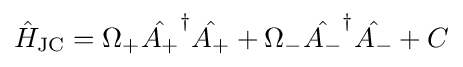
{\hat {H}}_{\text{JC}}=\Omega _{+}{\hat {A_{+}}}^{\dagger }{\hat {A_{+}}}+\Omega _{-}{\hat {A_{-}}}^{\dagger }{\hat {A_{-}}}+C